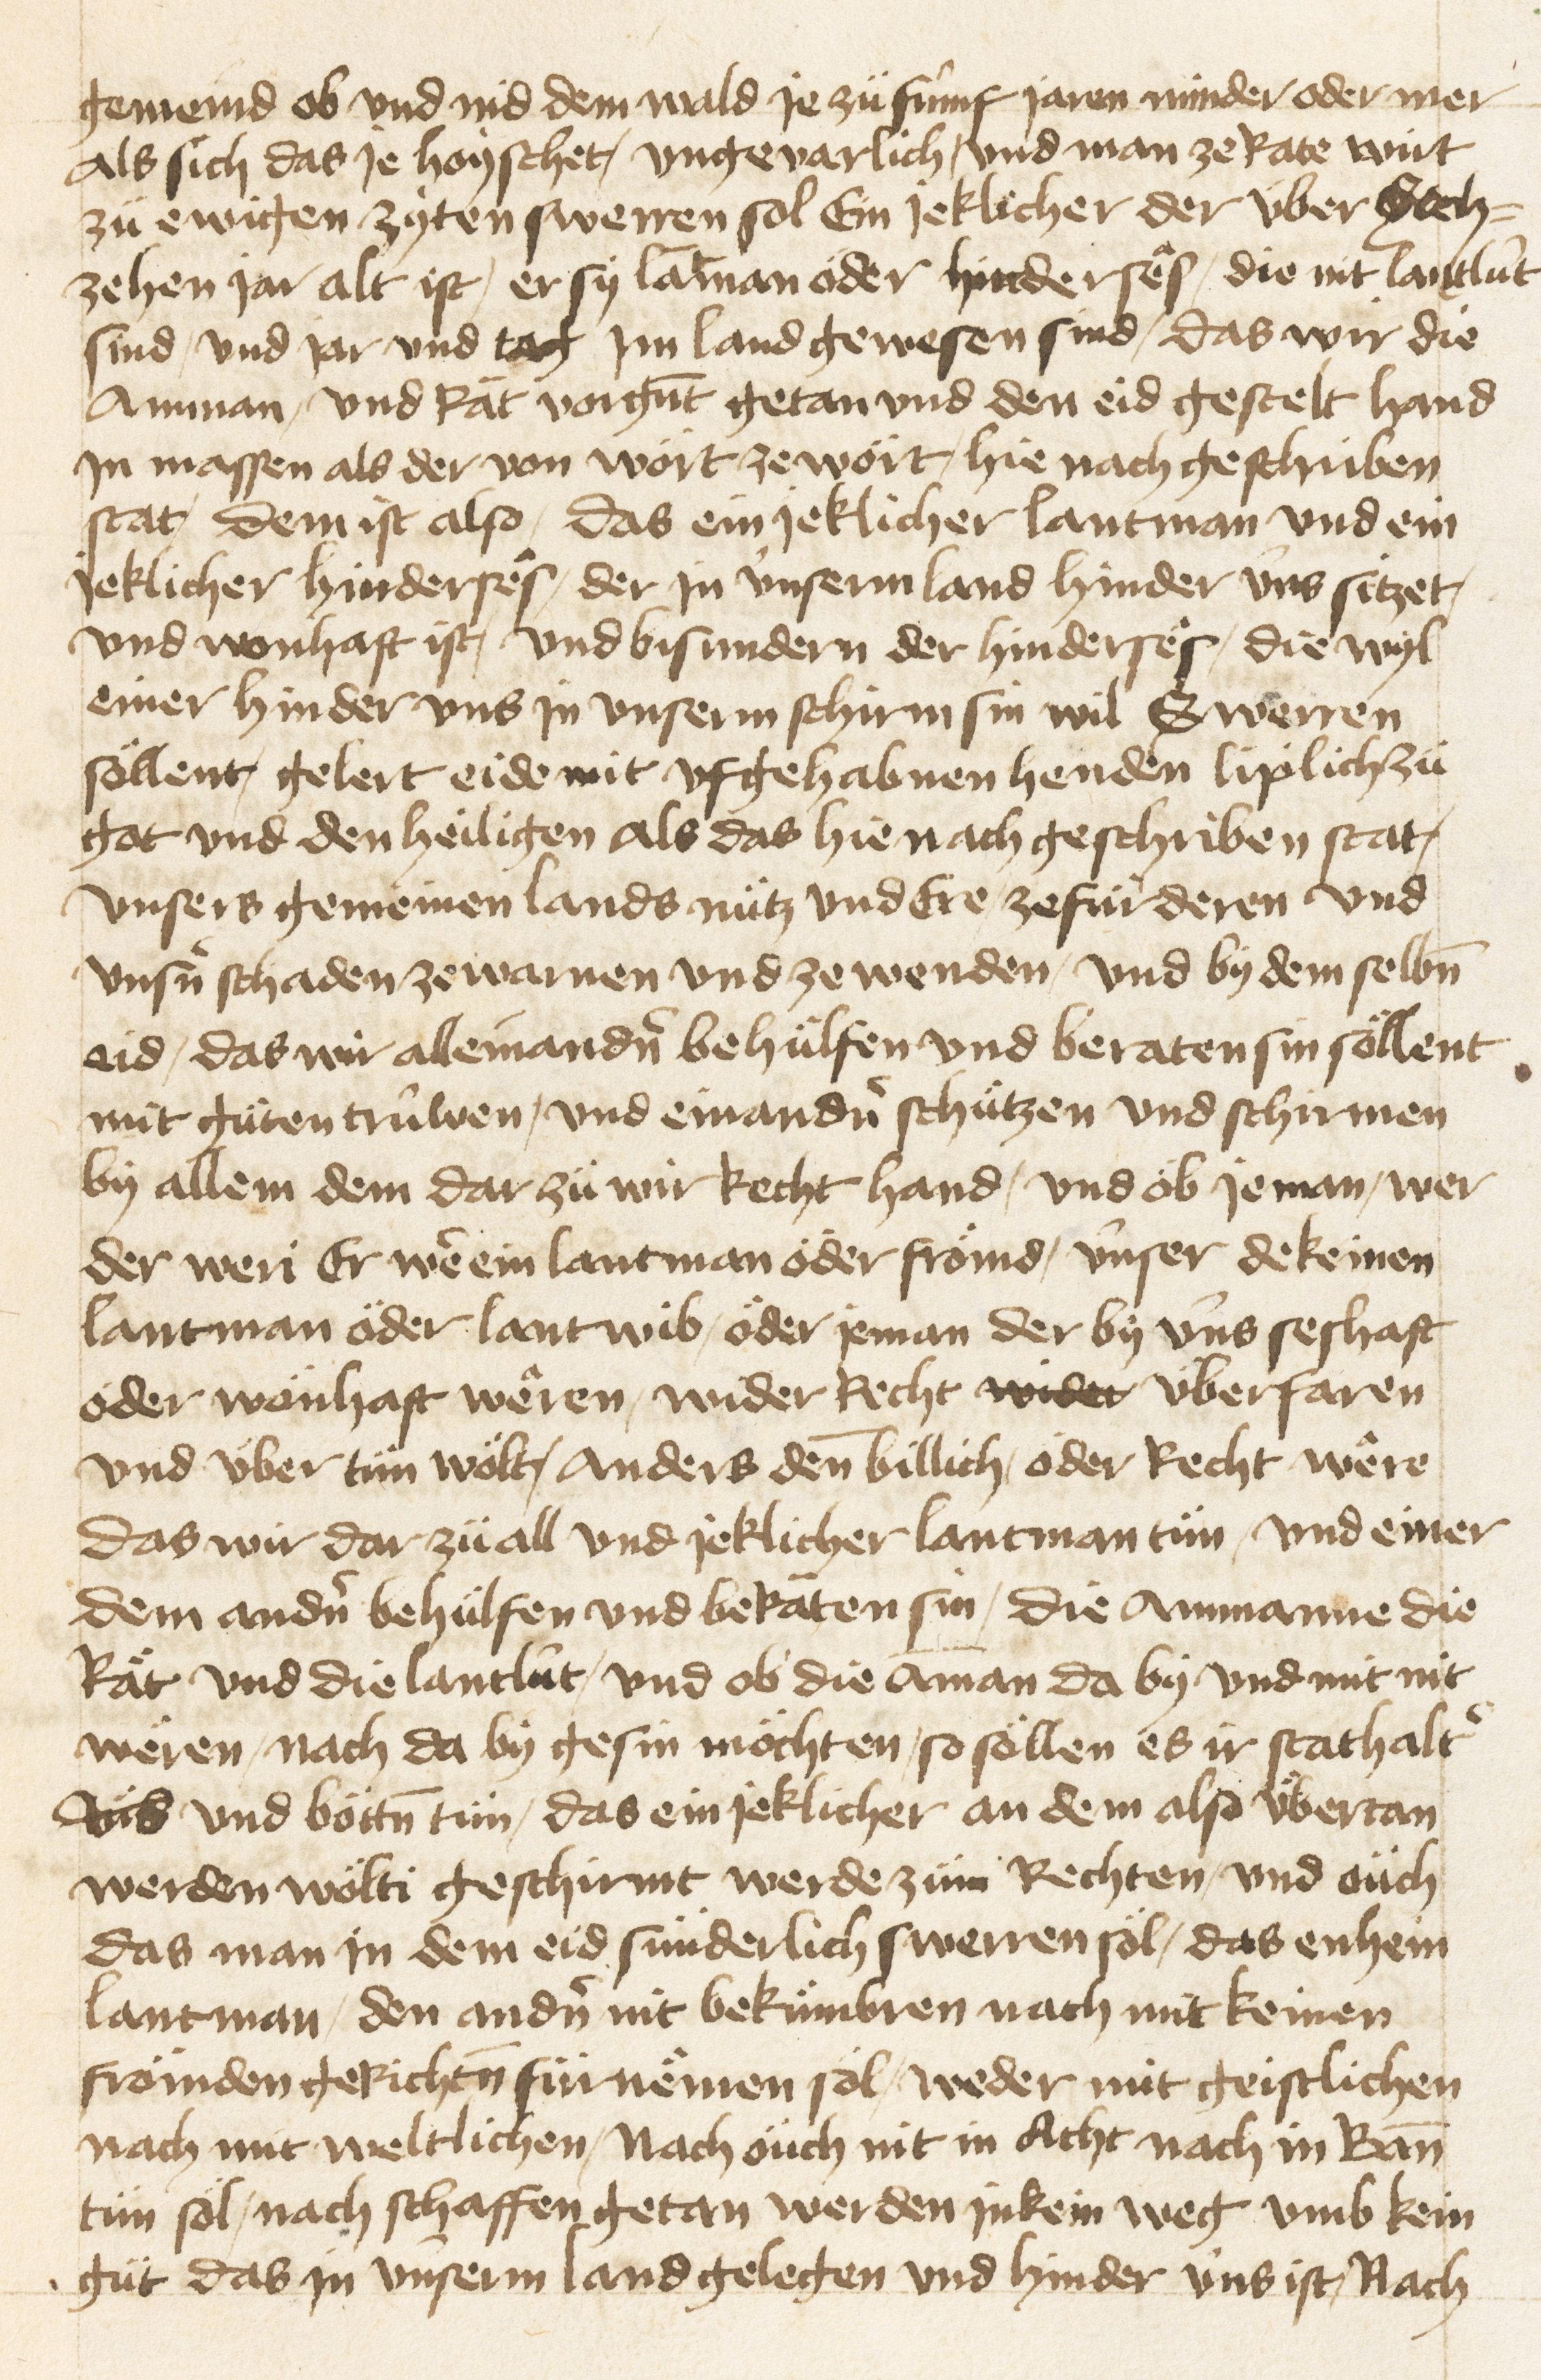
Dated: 1470–1607